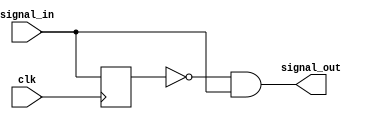
`timescale 1ns / 1ps
//////////////////////////////////////////////////////////////////////////////////
// Company: 
// Engineer: 
// 
// Design Name: 
// Module Name:    edgedetector 
// Project Name: 
// Target Devices: 
// Tool versions: 
// Description: 
//
// Dependencies: 
//
// Revision: 
// Revision 0.01 - File Created
// Additional Comments: 
//
//////////////////////////////////////////////////////////////////////////////////
module rising_edge(
	clk,               
	signal_in,   
	signal_out       
    );

input clk;
input signal_in;
output signal_out;

reg  signal_d;

always@(posedge clk)begin
	signal_d <= signal_in;
	
end
assign signal_out = (!signal_d) && signal_in;
endmodule